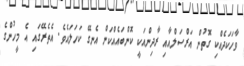
ވާހަކަދެއްކި ގޮތުން އަރްސަލްއާއި ރާދިންއަކީ ކޮންބައެއްކަން އެނގޭ ކަހަލައެވެ. އެތެރޭގައި އެ މީހުންގެ